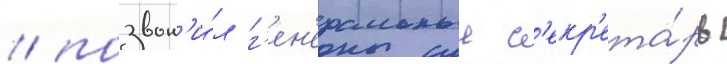
/ позвон'и́л г'ен'еральныи с'екр'ета́рь